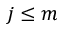
j \leq m